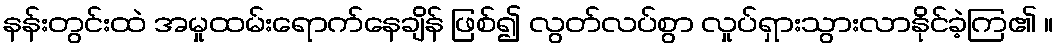
နန်းတွင်းထဲ အမှုထမ်းရောက်နေချိန် ဖြစ်၍ လွတ်လပ်စွာ လှုပ်ရှားသွားလာနိုင်ခဲ့ကြ၏ ။